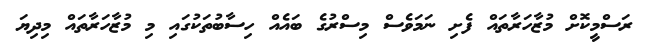
ރަސްމީކޮށް މުޒާހަރާތައް ފެށި ނަމަވެސް މިސްރުގެ ބައެއް ހިސާބުތަކުގައި މި މުޒާހަރާތައް މިދިޔަ